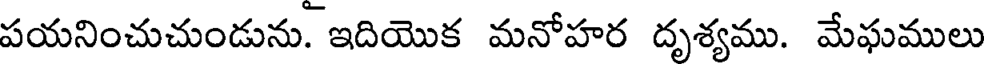
పయనించుచుండును. ఇదియొక మనోహర దృశ్యము. మేఘములు